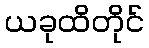
ယခုထိတိုင်